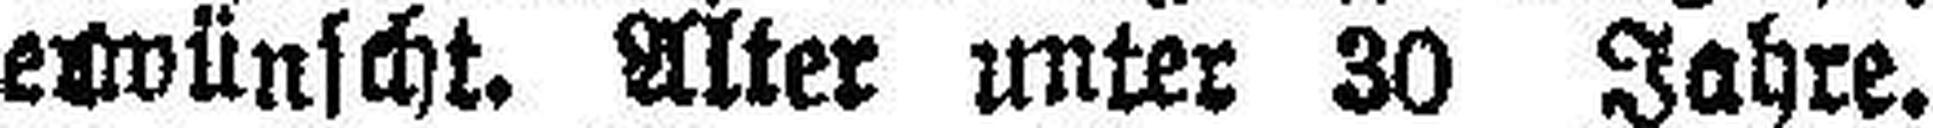
erwünscht. Alter unter 30 Jahre.